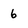
Character: 6